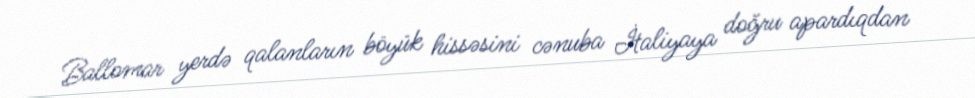
Ballomar yerdə qalanların böyük hissəsini cənuba İtaliyaya doğru apardıqdan